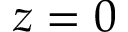
z = 0